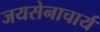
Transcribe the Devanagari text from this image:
जयसेनाचार्य